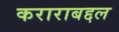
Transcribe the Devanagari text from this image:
कराराबद्दल